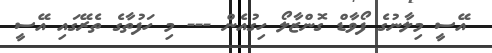
އޭސީ މިލާނުގެ ފޯވާޑް ގޮންޒާލޯ ހިގުއެން --- މި ހަފުތާގެ ތެރޭގައި އޭސީ